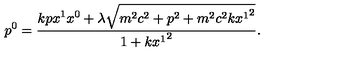
p ^ { 0 } = \frac { k p x ^ { 1 } x ^ { 0 } + \lambda \sqrt { m ^ { 2 } c ^ { 2 } + p ^ { 2 } + m ^ { 2 } c ^ { 2 } k { x ^ { 1 } } ^ { 2 } } } { 1 + k { x ^ { 1 } } ^ { 2 } } .